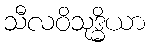
သီလဝိသုဒ္ဓိယာ